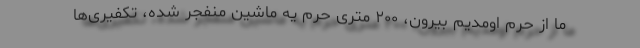
ما از حرم اومدیم بیرون، ۲۰۰ متری حرم یه ماشین منفجر شده، تکفیری‌ها